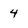
Character: 4